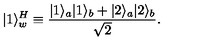
| 1 \rangle _ { w } ^ { H } \equiv { \frac { | 1 \rangle _ { a } | 1 \rangle _ { b } + | 2 \rangle _ { a } | 2 \rangle _ { b } } { \sqrt { 2 } } } .